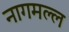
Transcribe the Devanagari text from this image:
नागमल्ल